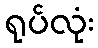
ရုပ်လုံး